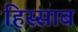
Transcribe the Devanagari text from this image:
हिस्साब